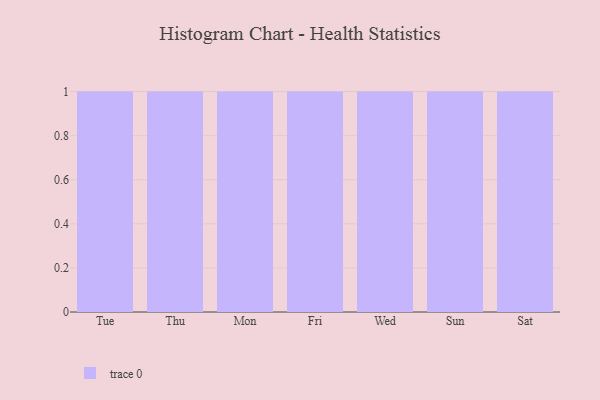
{"axis": {"x": "Day", "y": "Energy Usage (MWh)"}, "legend": [""], "data": [{"x": "Tue", "y": 14, "type": ""}, {"x": "Thu", "y": 35, "type": ""}, {"x": "Mon", "y": 49, "type": ""}, {"x": "Fri", "y": 54, "type": ""}, {"x": "Wed", "y": 27, "type": ""}, {"x": "Sun", "y": 98, "type": ""}, {"x": "Sat", "y": 68, "type": ""}]}